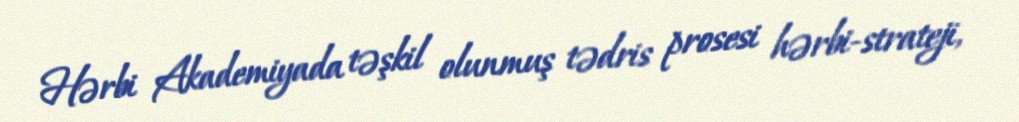
Hərbi Akademiyada təşkil olunmuş tədris prosesi hərbi-strateji,